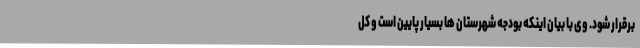
برقرار شود. وی با بیان اینکه بودجه شهرستان ها بسیار پایین است و کل